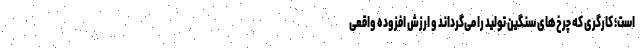
است؛ کارگری که چرخ‌های سنگین تولید را می‌گرداند و ارزش افزوده واقعی